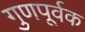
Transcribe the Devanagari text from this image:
गुणपूर्वक